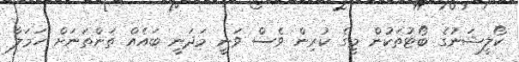
ކޯލީޝަނުގެ ބޯޓުތަކުން މީގެ ކުރިން ވެސް ވަނީ މަދަނީ ބައެއް ތަންތަނަށް ހަމަލާ